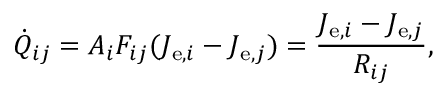
{ \dot { Q } } _ { i j } = A _ { i } F _ { i j } ( J _ { \mathrm { e } , i } - J _ { \mathrm { e } , j } ) = { \frac { J _ { \mathrm { e } , i } - J _ { \mathrm { e } , j } } { R _ { i j } } } ,